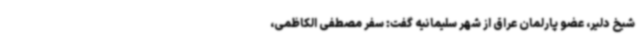
شیخ دلیر، عضو پارلمان عراق از شهر سلیمانیه گفت: سفر مصطفی الکاظمی،